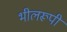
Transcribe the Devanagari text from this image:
भीलरूपी